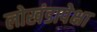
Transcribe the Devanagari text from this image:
लोखंडापेक्षा